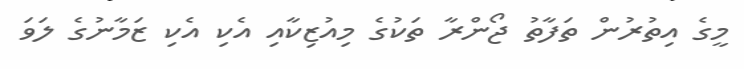
މީގެ އިތުރުން ތަފާތު ޖޯންރާ ތަކުގެ މިއުޒިކާއި އެކި އެކި ޒަމާނުގެ ލަވަ